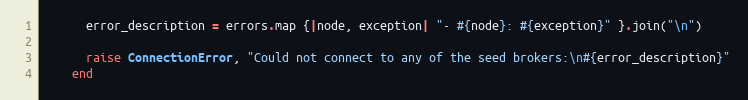
Language: Ruby
      error_description = errors.map {|node, exception| "- #{node}: #{exception}" }.join("\n")

      raise ConnectionError, "Could not connect to any of the seed brokers:\n#{error_description}"
    end